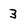
Character: 3